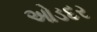
ઓડદર